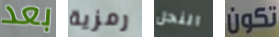
بعد رمزية النحل تكون